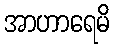
အာဟာရေမိ